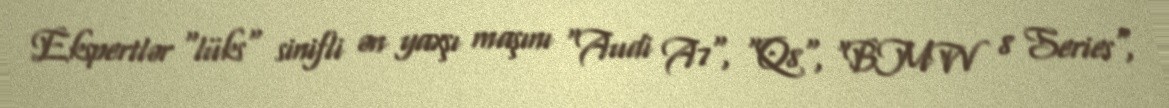
Ekspertlər "lüks" sinifli ən yaxşı maşını "Audi A7", "Q8", "BMW 8 Series",